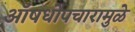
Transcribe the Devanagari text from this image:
ऑषधोपचारामुळे